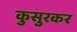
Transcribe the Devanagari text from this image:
कुसुरकर